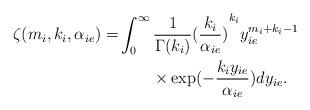
LaTeX: \begin{align*}\zeta ({m_i},{k_i},{\alpha _{ie}}) = &\int_0^\infty {\frac{1}{{\Gamma ({k_i})}}{{(\frac{{{k_i}}}{{{\alpha _{ie}}}})}^{{k_i}}}y_{ie}^{{m_i} + {k_i} - 1}}\\&\quad\quad\times \exp ( - \frac{{{k_i}{y_{ie}}}}{{{\alpha _{ie}}}})d{y_{ie}}.\end{align*}